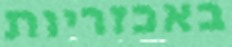
באכזריות